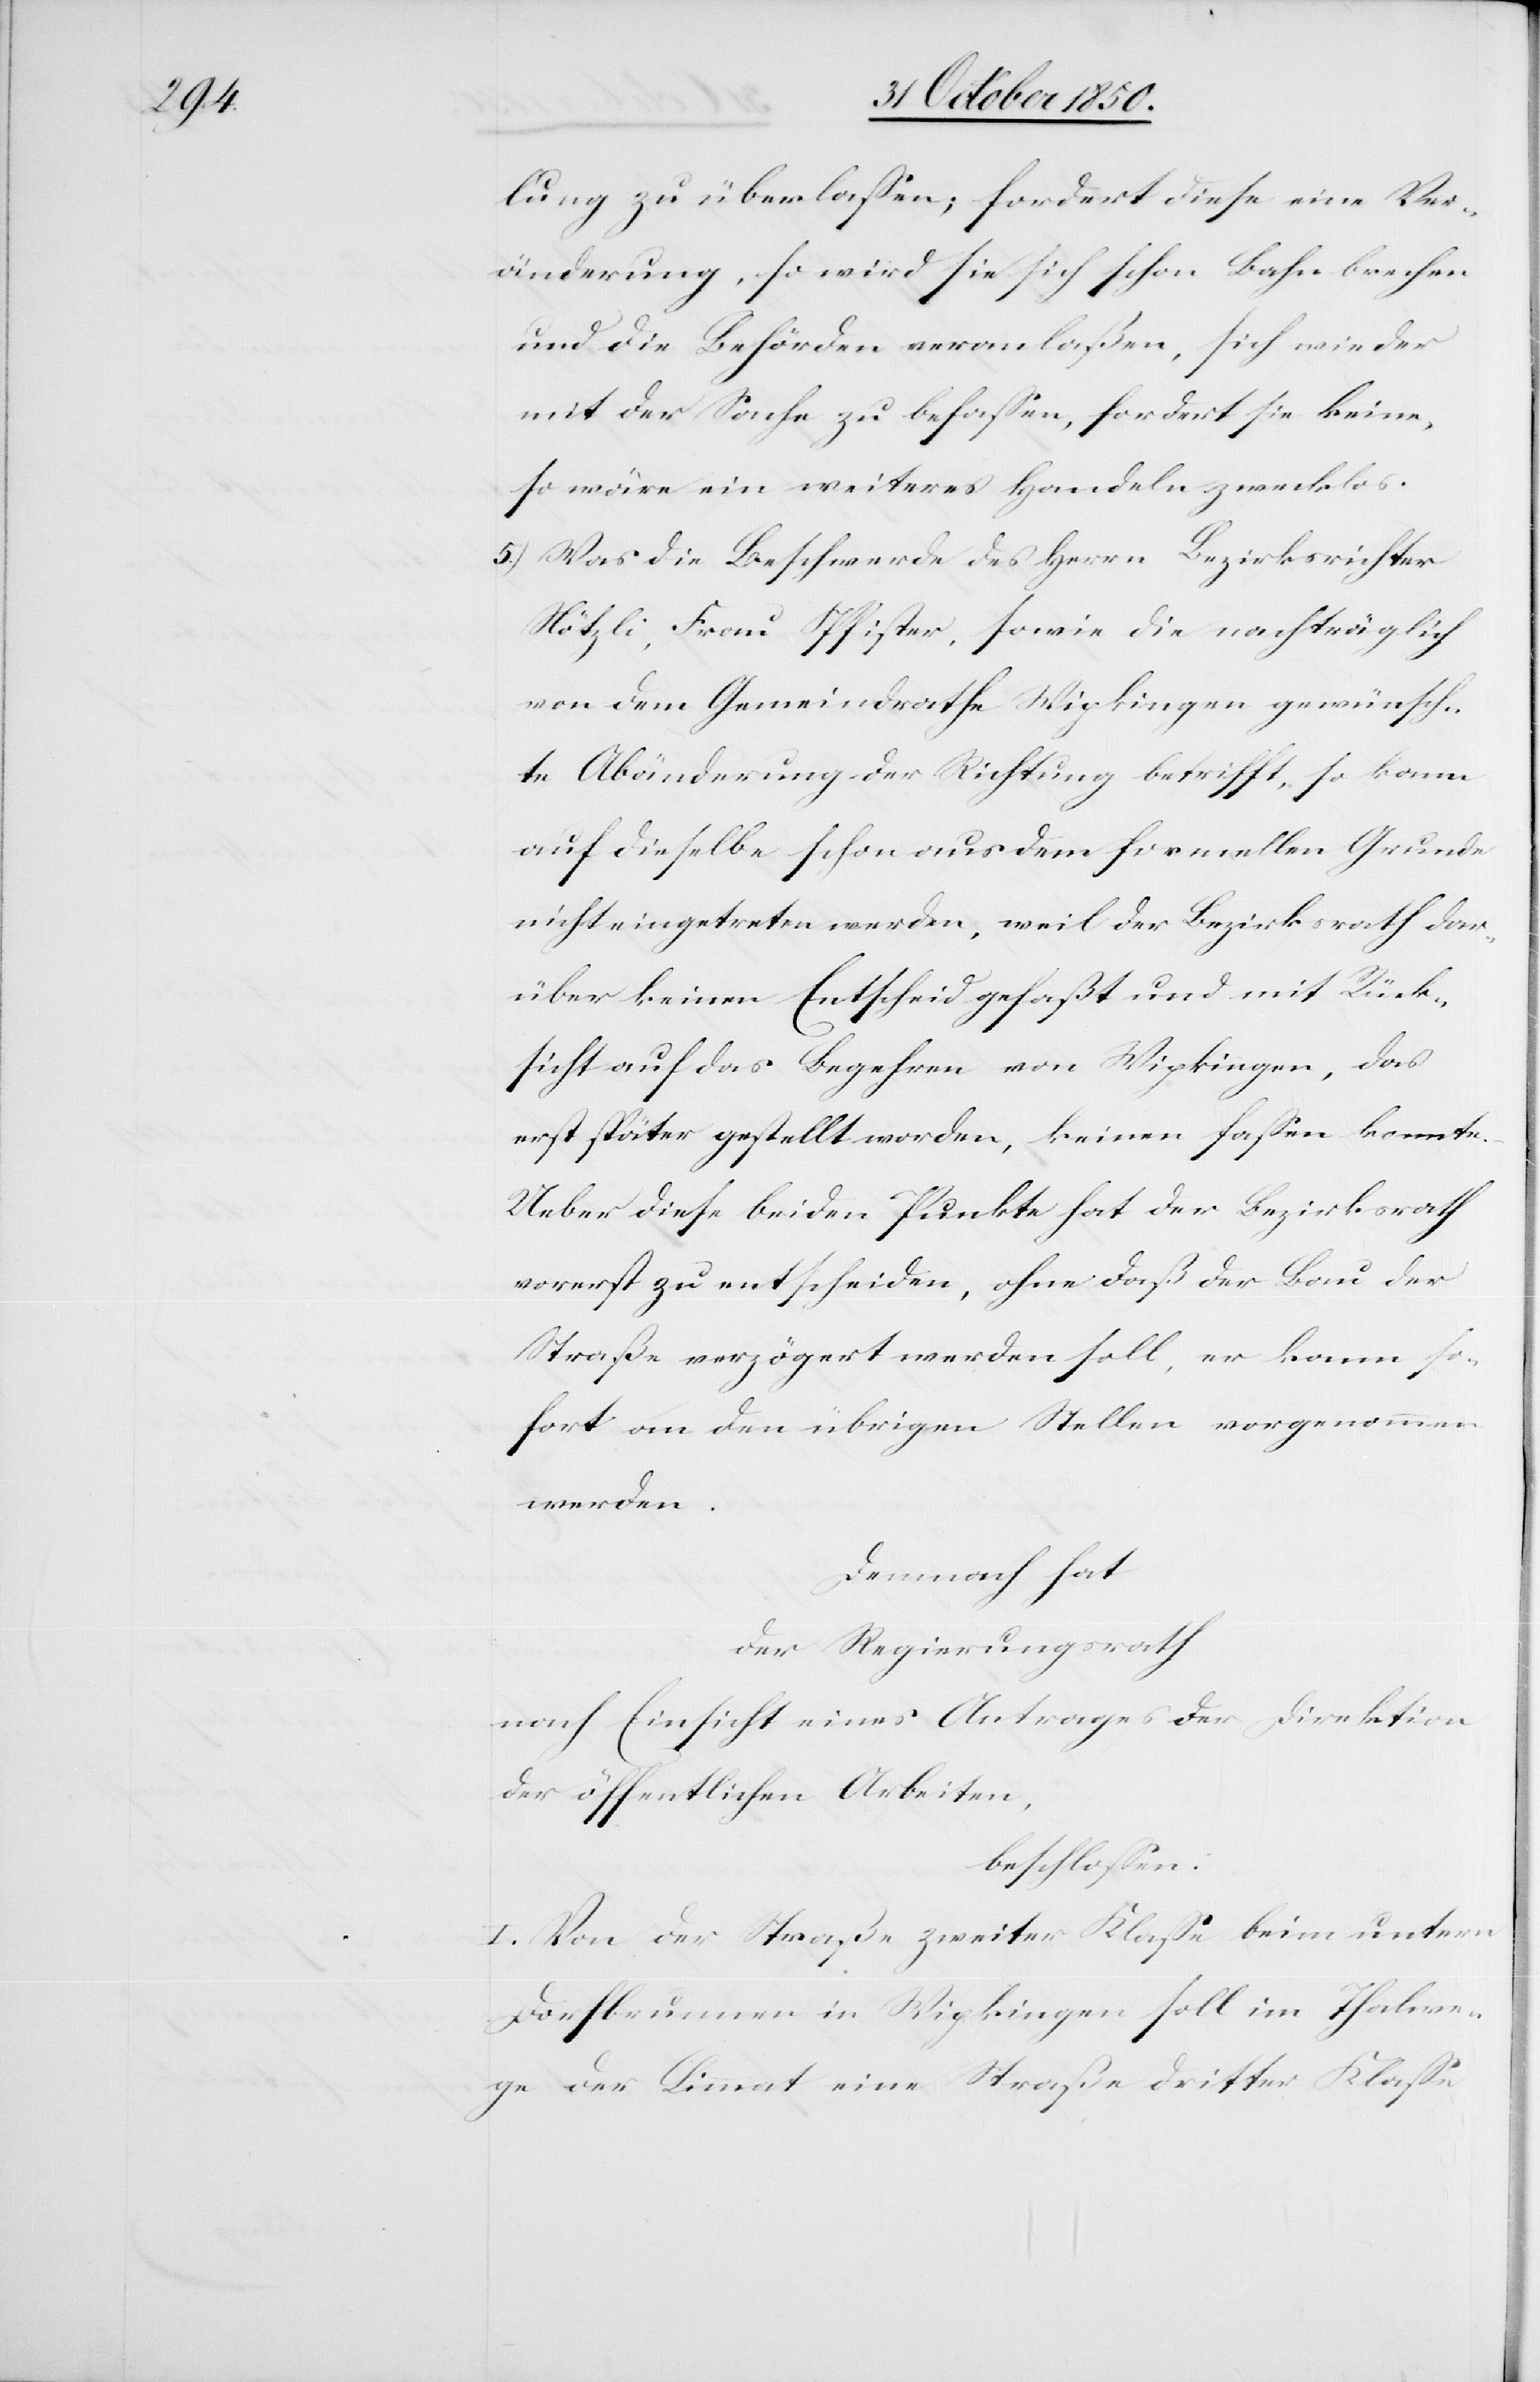
lung zu überlassen; fordert diese eine Ver¬
änderung, so wird sie sich schon Bahn brechen
und die Behörden veranlaßen, sich wieder
mit der Sache zu befassen, fordert sie keine,
so wäre ein weiteres Handeln zwecklos.
5.) Was die Beschwerde des Herrn Bezirksrichter
Nötzli, Frau Pfister, sowie die nachträglich
von dem Gemeindrathe Wipkingen gewünsch¬
te Abänderung der Richtung betrifft, so kann
auf dieselbe schon aus dem formellen Grunde
nicht eingetreten werden, weil der Bezirksrath dar¬
über keinen Entscheid gefaßt und mit Rück¬
sicht auf das Begehren von Wipkingen, das
erst später gestellt worden, keinen fassen konnte.
Ueber diese beiden Punkte hat der Bezirksrath
vorerst zu entscheiden, ohne daß der Bau der
Straße verzögert werden soll, er kann so¬
fort an den übrigen Stellen vorgenommen
werden.
Demnach hat
der Regierungsrath
nach Einsicht eines Antrages der Direktion
der öffentlichen Arbeiten,
beschlossen:
I. Von der Straße zweiter Klasse beim unterm
Dorfbrunnen in Wipkingen soll im Thalwe¬
ge der Limmat eine Straße dritter Klasse